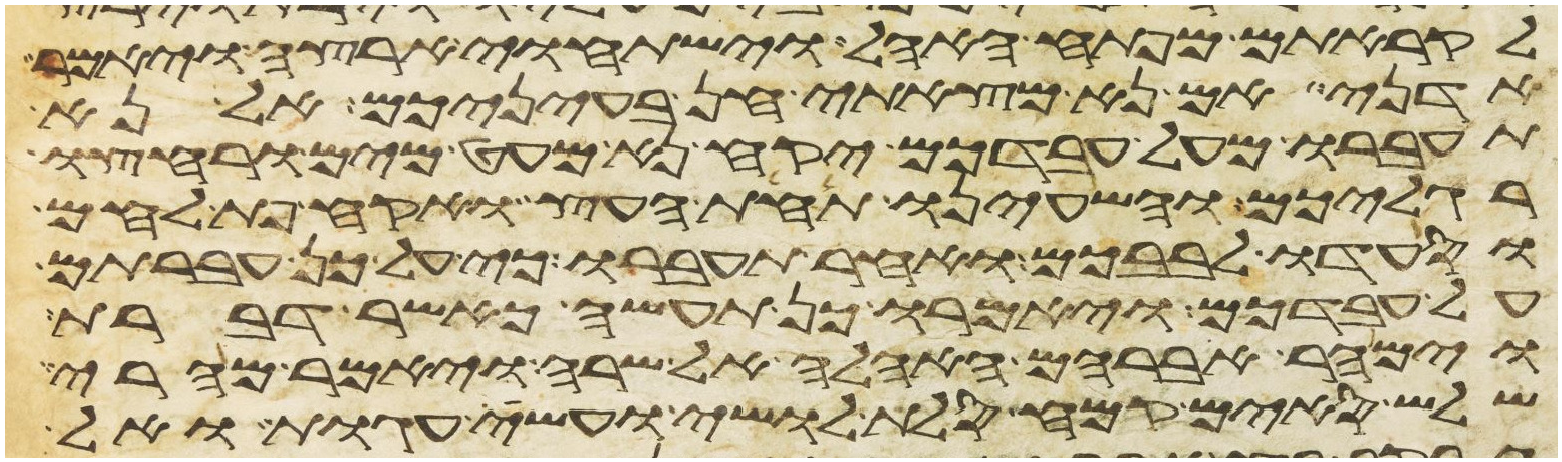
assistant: לקראתם מפתח האהל וישתחוי ארצה ויאמר
אדני אם נא מצאתי חן בעיניכם אל נא
תעברו מעל עבדכם יקח נא מעט מים ורחצו
רגליכם והשעינו תחת העץ ואקח פת לחם
וסעדו לבבכם ואחר תעברו כי על כן עברתם
על עבדכם ויאמרו כן תעשה כאשר דברת
וימהר אברהם האהלה אל שרה ויאמר מהרי
שלש סים קמח סלת לושי ועשה עגות ואל